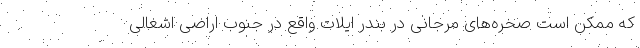
که ممکن است صخره‌های مرجانی در بندر ایلات واقع در جنوب اراضی اشغالی